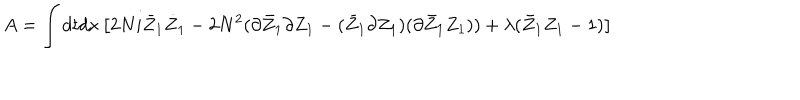
A = \int d t d x \left[ 2 N i \bar { Z } _ { 1 } \dot { Z } _ { 1 } - 2 N ^ { 2 } ( \partial \bar { Z } _ { 1 } \partial Z _ { 1 } - ( \bar { Z } _ { 1 } \partial Z _ { 1 } ) ( \partial \bar { Z } _ { 1 } Z _ { 1 } ) ) + \lambda ( \bar { Z } _ { 1 } Z _ { 1 } - 1 ) \right]